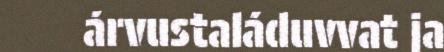
árvustaláduvvat ja